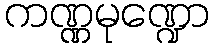
ကဏ္ဏမုဏ္ဍော